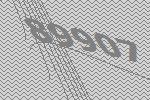
89907